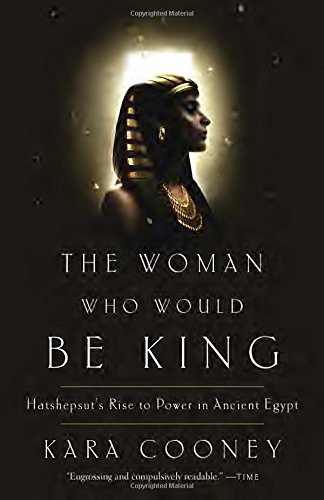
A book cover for The Woman Who Would Be King: Hatshepsut's Rise to Power in Ancient Egypt; Kara Cooney; Biographies & Memoirs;